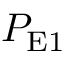
P _ { \mathrm { E 1 } }